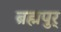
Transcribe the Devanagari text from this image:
ब्रह्मपुर्